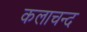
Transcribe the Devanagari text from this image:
कलाचन्द